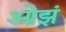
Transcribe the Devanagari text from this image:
ओझं